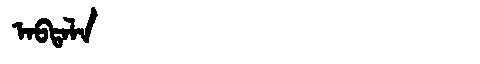
Manchu: ᠠᠪᡨᠠᠯᠠ
Romanization: ABTALA